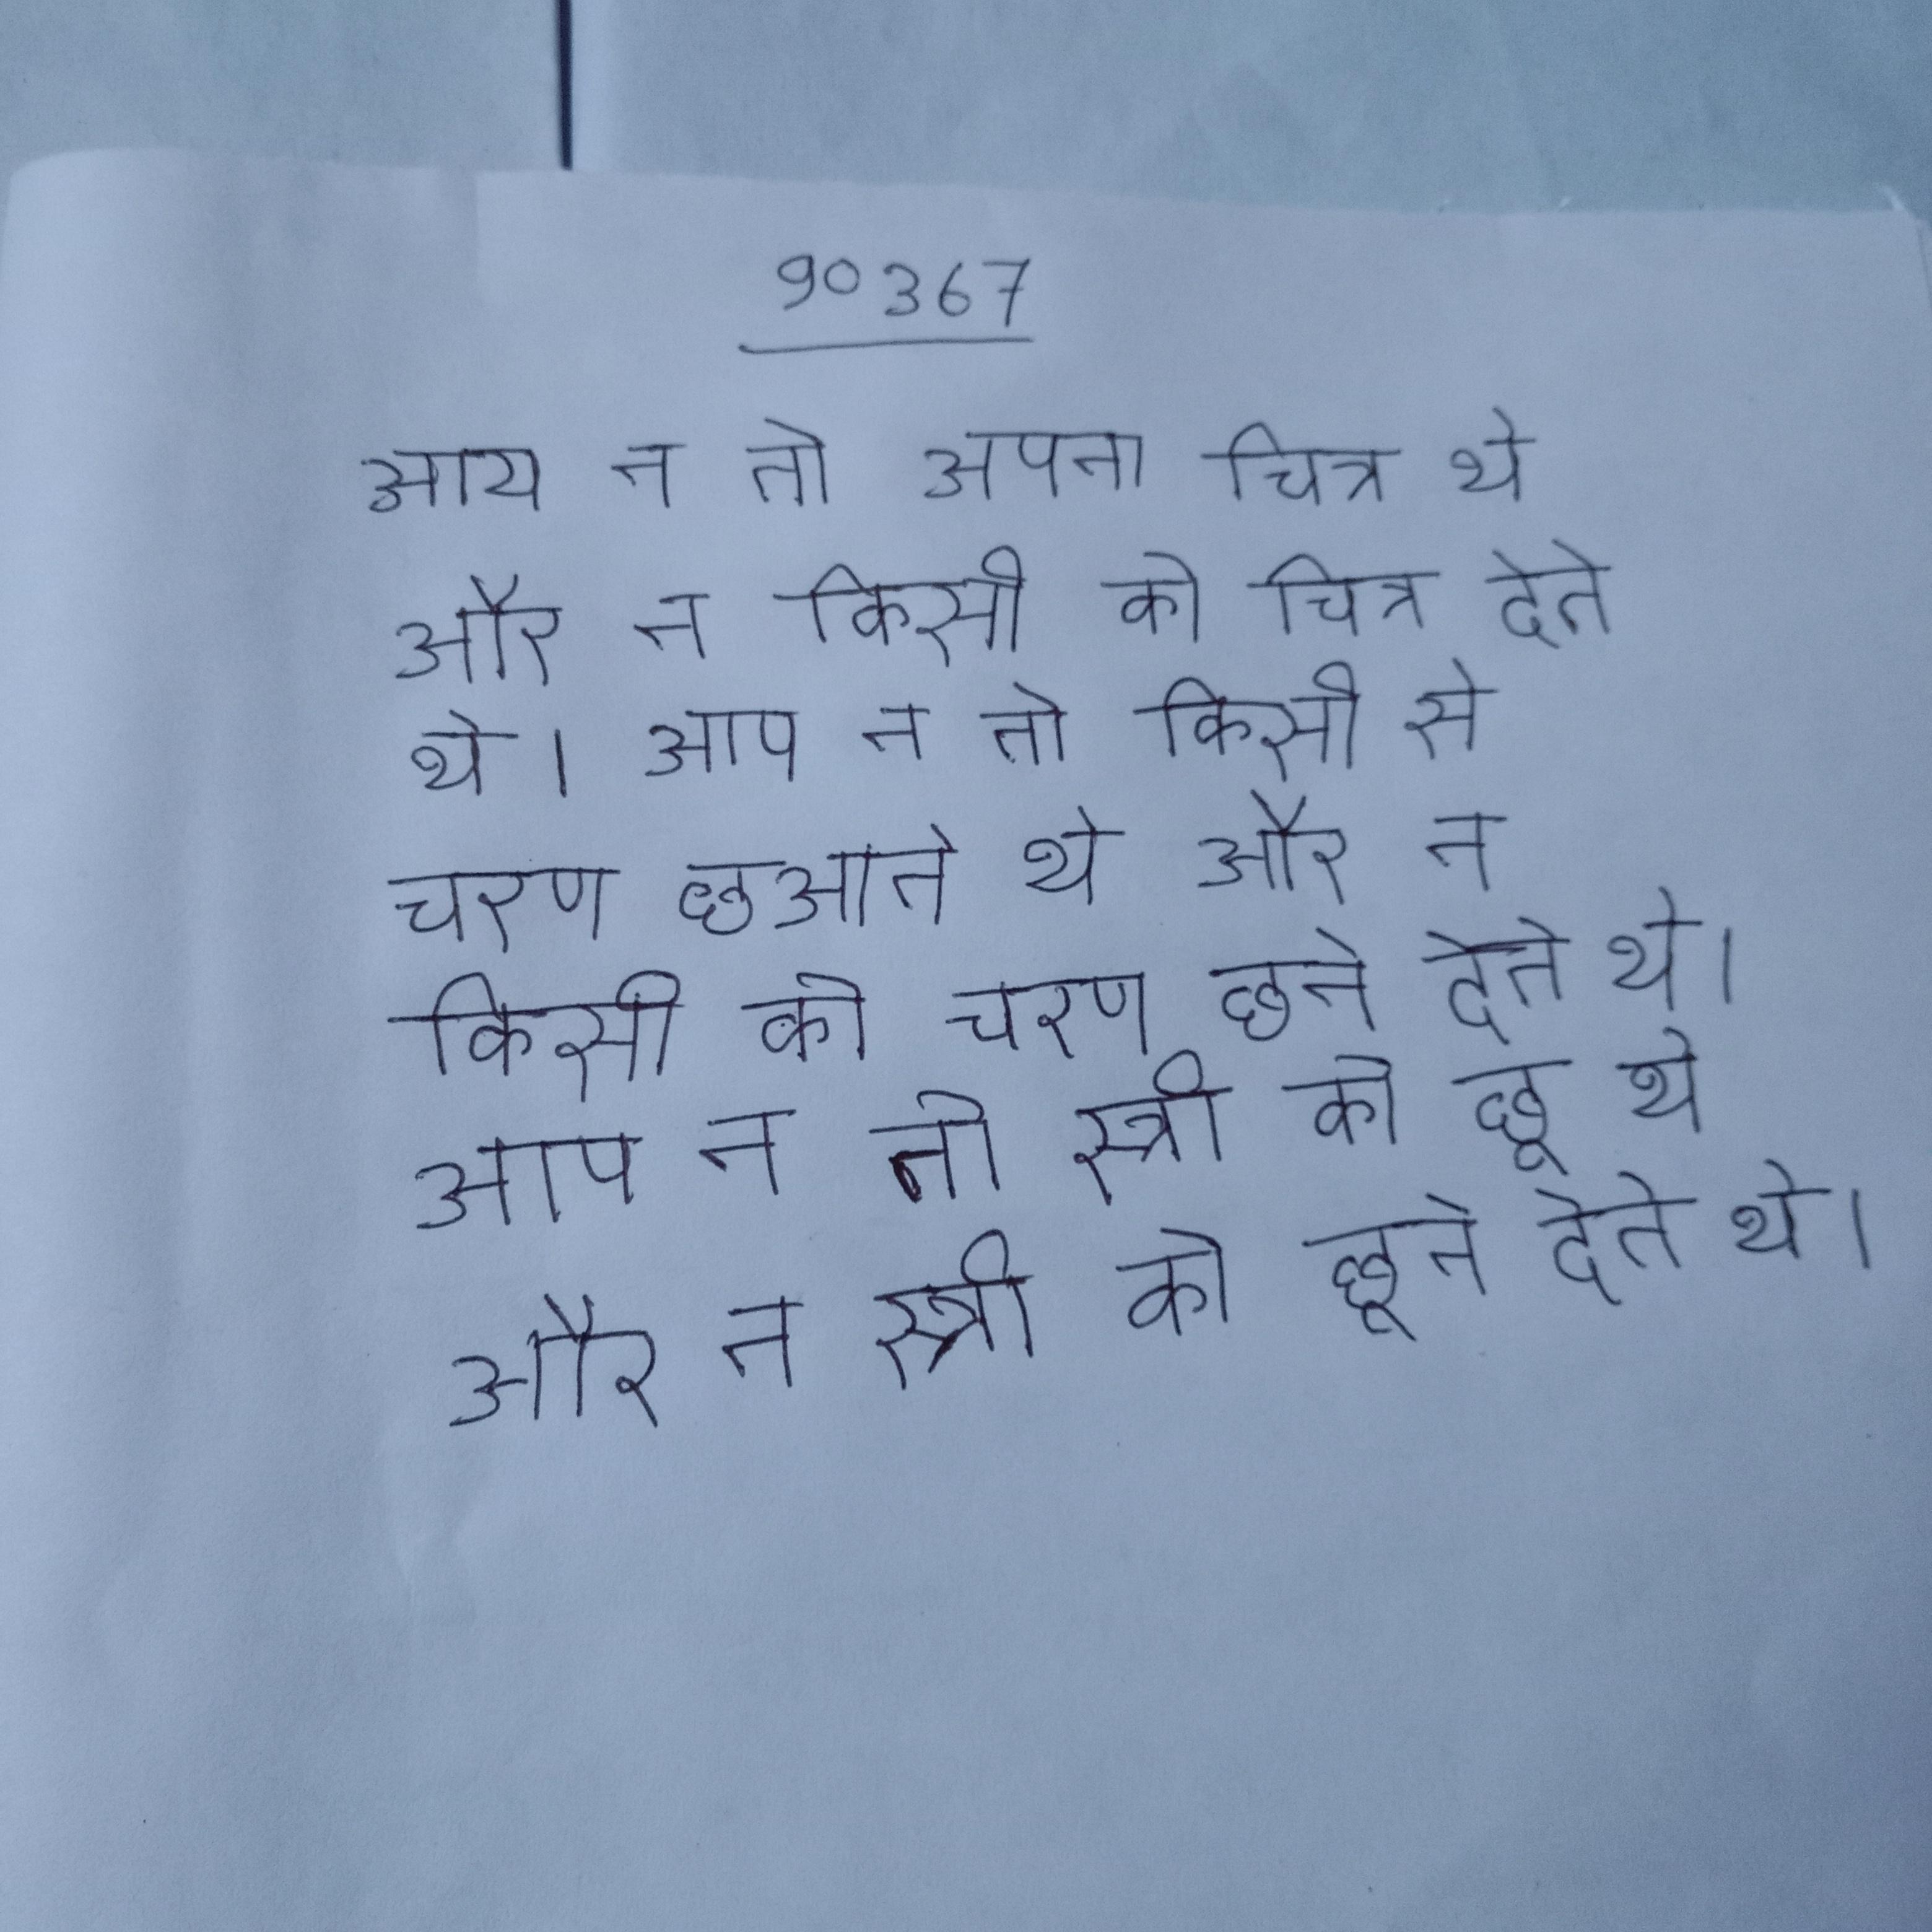
आप न तो अपना चित्र थे और न किसी को चित्र देते थे । आप न तो किसी से चरण छुआते थे और न किसी को चरण छूने देते थे । आप न तो स्त्री को छूते थे और न स्त्री को छूने देते थे ।